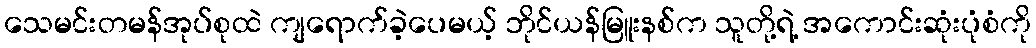
သေမင်းတမန်အုပ်စုထဲ ကျရောက်ခဲ့ပေမယ့် ဘိုင်ယန်မြူးနစ်က သူတို့ရဲ့ အကောင်းဆုံးပုံစံကို